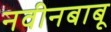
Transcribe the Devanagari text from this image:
नवीनबाबू